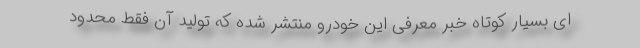
ای بسیار کوتاه خبر معرفی این خودرو منتشر شده که تولید آن فقط محدود